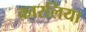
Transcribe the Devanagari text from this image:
कारलिया